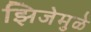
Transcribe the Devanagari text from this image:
झिजेमुळे